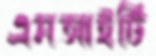
এমআইটি